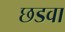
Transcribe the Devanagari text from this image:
छडवा